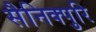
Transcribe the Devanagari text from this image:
सैनिक्पुरि